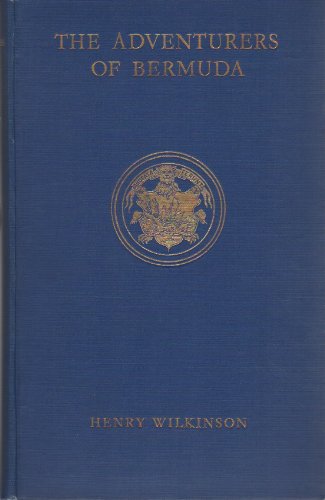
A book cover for The adventurers of Bermuda;: A history of the island form its discovery until the dissolution of the Somers island company in 1684,; Henry Campbell Wilkinson; Travel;